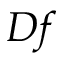
D f